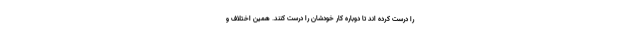
را درست کرده اند تا دوباره کار خودشان را درست کنند. همین اختلاف و